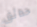
حدائق